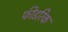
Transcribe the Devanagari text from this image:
फीडरिक